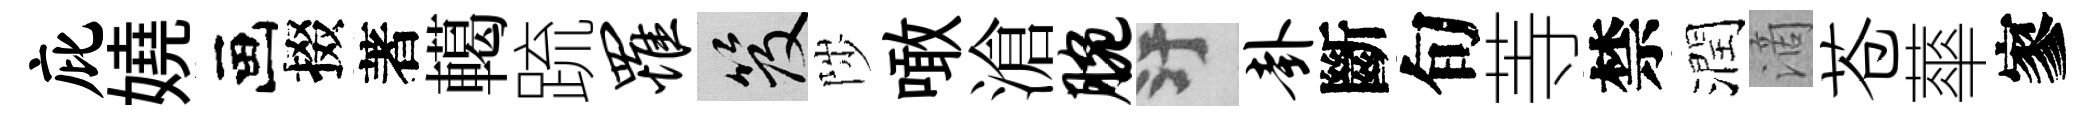
庇嬈画掇著轕䟽罹笈陟噉滄腕污卦斷旬䓁禁潤滴苍蕐寥